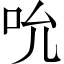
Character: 吮